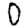
Digit: 0